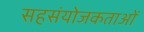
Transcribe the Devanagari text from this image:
सहसंयोजकताओं